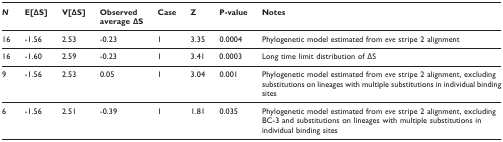
| N | E[ΔS] | V[ΔS] | Observed average ΔS | Case | Z | P-value | Notes |
 | --- | --- | --- | --- | --- | --- | --- | --- |
 | 16 | -1.56 | 2.53 | -0.23 | 1 | 3.35 | 0.0004 | Phylogenetic model estimated from eve stripe 2 alignment |
 | 16 | -1.60 | 2.59 | -0.23 | 1 | 3.41 | 0.0003 | Long time limit distribution of ΔS |
 | 9 | -1.56 | 2.53 | 0.05 | 1 | 3.04 | 0.001 | Phylogenetic model estimated from eve stripe 2 alignment, excluding substitutions on lineages with multiple substitutions in individual binding sites |
 | 6 | -1.56 | 2.51 | -0.39 | 1 | 1.81 | 0.035 | Phylogenetic model estimated from eve stripe 2 alignment, excluding BC-3 and substitutions on lineages with multiple substitutions in individual binding sites |